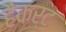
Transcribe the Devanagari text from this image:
हैकर्ट